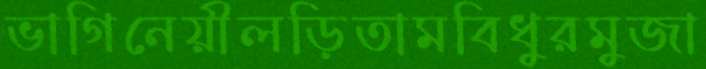
ভাগিনেয়ীলড়িতামবিধুরমুজা